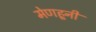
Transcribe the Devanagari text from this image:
मेणहूनी